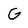
Character: G